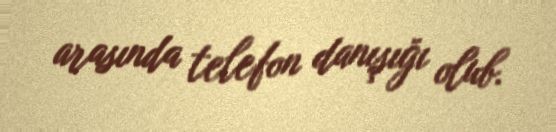
arasında telefon danışığı olub.